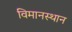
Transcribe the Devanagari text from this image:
विमानस्थान